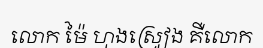
លោក ម៉ៃ ហុងស្រៀង គឺលោក